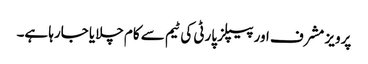
پرویز مشرف اور پیپلز پارٹی کی ٹیم سے کام چلایا جارہا ہے۔